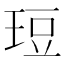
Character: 𪻡